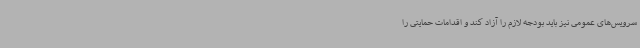
سرویس‌های عمومی نیز باید بودجه لازم را آزاد کند و اقدامات حمایتی را